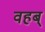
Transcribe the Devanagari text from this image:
वहब्